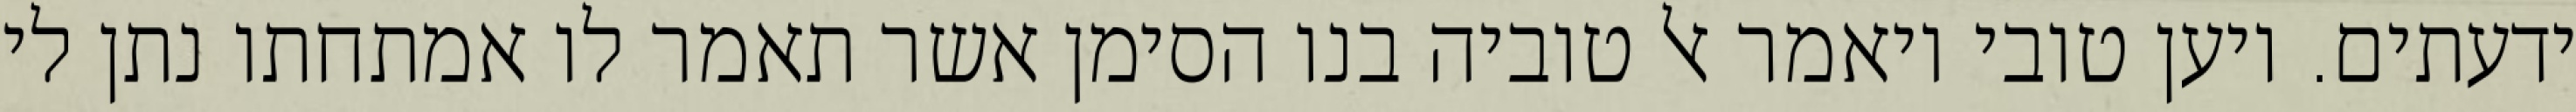
ידעתים. ויען טובי ויאמר אל טוביה בנו הסימן אשר תאמר לו אמתחתו נתן לי